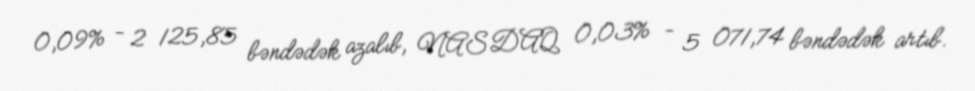
0,09% - 2 125,85 bəndədək azalıb, NASDAQ 0,03% - 5 071,74 bəndədək artıb.